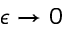
\epsilon \rightarrow 0